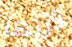
وزنها